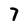
Character: 7